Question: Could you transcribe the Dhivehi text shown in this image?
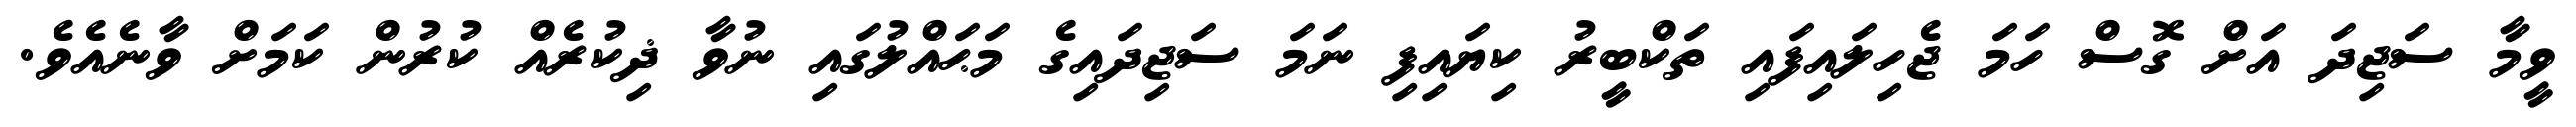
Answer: ވީމާ ސަޖިދަ އަށް ގޮސް ހަމަ ޖެހިލައިފައި ތަކްބީރު ކިޔައިފި ނަމަ ސަޖިދައިގެ މަޙައްލުގައި ނުވާ ޛިކުރެއް ކުރުން ކަމަށް ވާނެއެވެ.